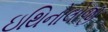
ઇથિનોલોજી